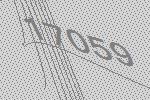
17059